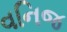
વનિજ